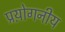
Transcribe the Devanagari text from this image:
प्रय़ोगनीय